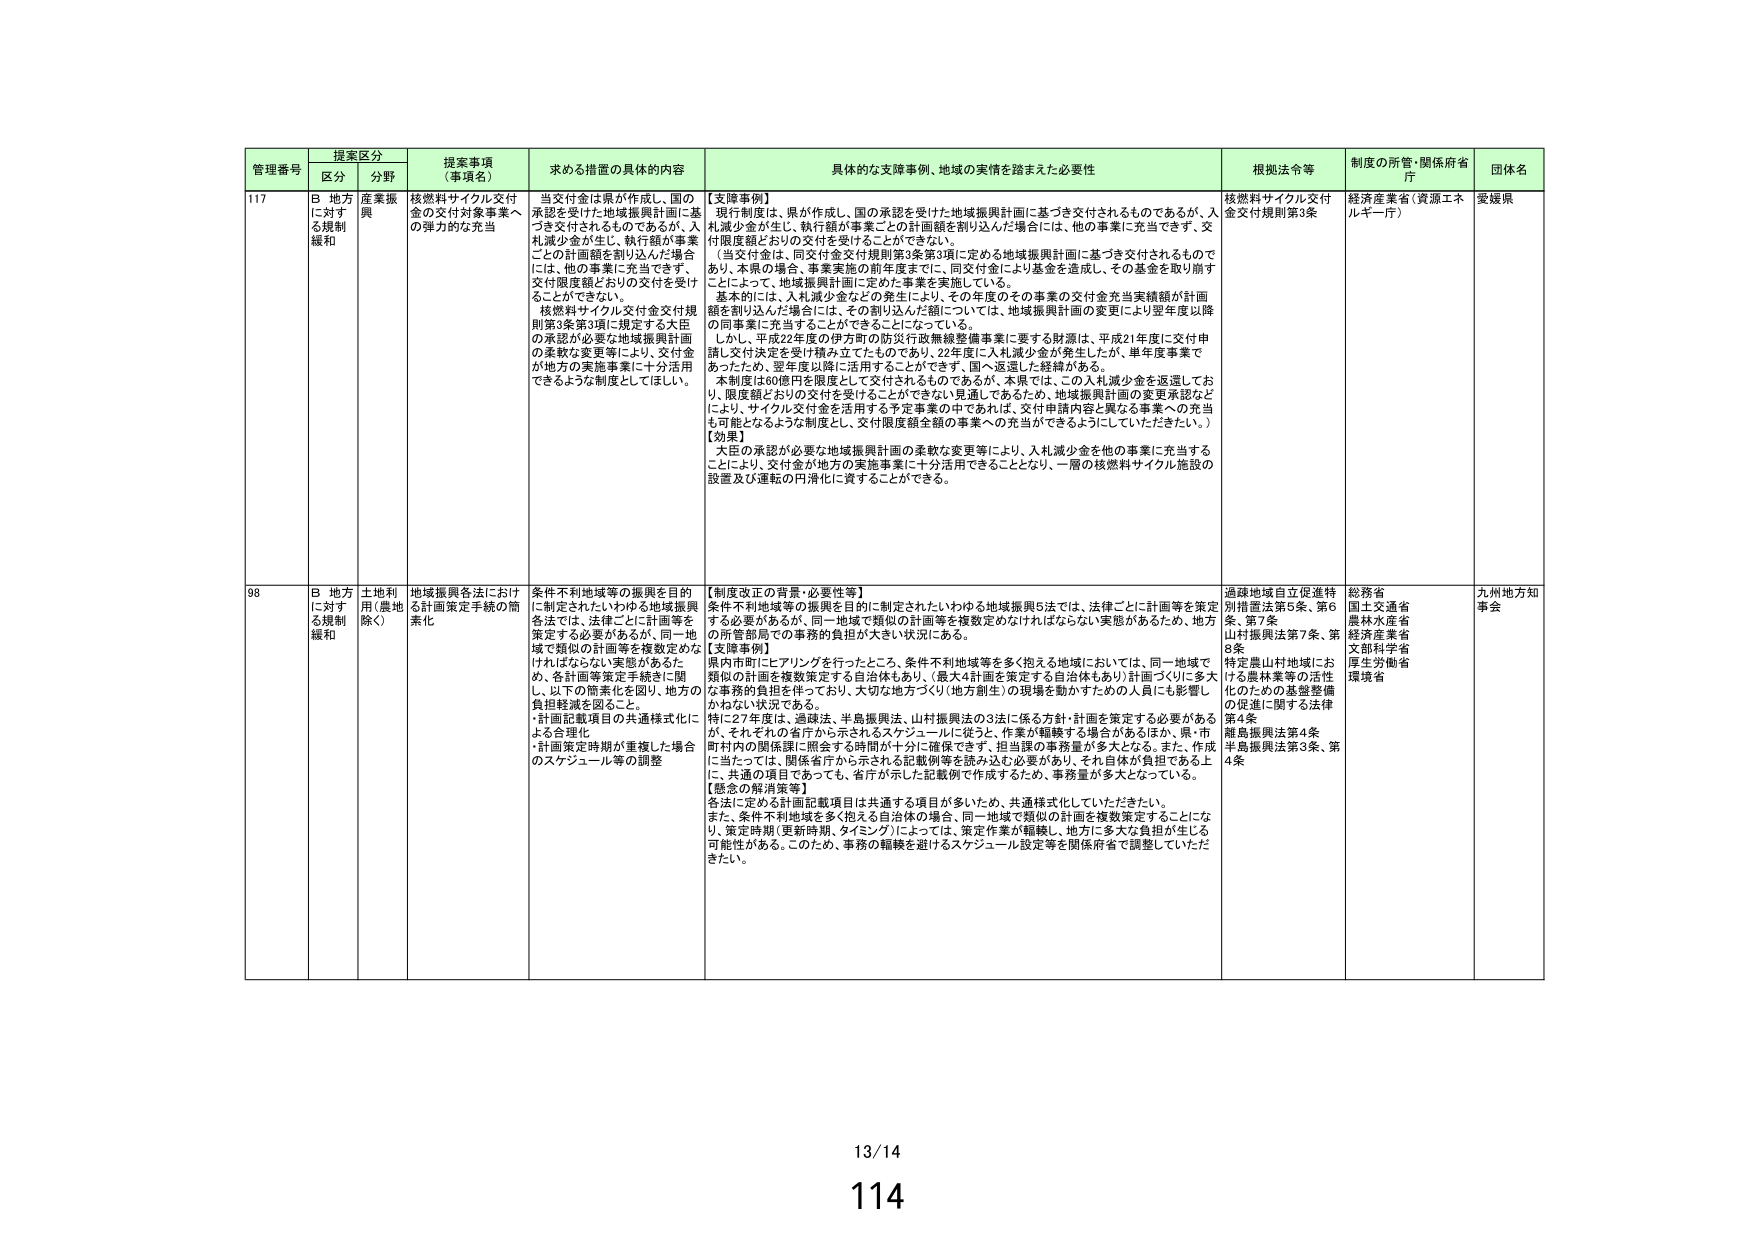
管理番号 提案区分 提案事項（事項名） 求める措置の具体的内容 具体的な支援事例、地域の実情を踏まえた必要性 根拠法令等 制度の所管・関係府省庁 団体名
区分 分野
117 B 地方に対する規制緩和 産業振興 核燃料サイクル交付金の交付対象事業への弾力的な充当 当交付金は県が作成し、国の承認を受けた地域振興計画に基づき交付されるものであるが、入札減少金が生じ、執行額が事業ごとの計画額を割り込んだ場合には、他の事業に充当できず、交付限度額どおりの交付を受けことができない。核燃料サイクル交付金交付規則第3条第3項に規定する大臣の承認が必要な地域振興計画の柔軟な変更等により、交付金が地方の実施事業に十分活用できるような制度としてほしい。 【支援事例】現行制度は、県が作成し、国の承認を受けた地域振興計画に基づき交付されるものであるが、入札減少金が生じ、執行額が事業ごとの計画額を割り込んだ場合には、他の事業に充当できず、交付限度額どおりの交付を受けることができない。当交付金は、同交付金交付規則第3条第3項に定める地域振興計画に基づき交付されるものであり、本県の場合、事業実施の前年度までに、同交付金により基金を造成し、その基金を取り崩すことによって、地域振興計画に定めた事業を実施している。基本的には、入札減少金などの発生により、その年度のその事業の交付金充当実績額が計画額を割り込んだ場合には、その割り込んだ額については、地域振興計画の変更により翌年度以降の同事業に充当することができるようになっている。しかし、平成22年度の伊方町の防災行政無線整備事業に要する財源は、平成21年度に交付申請し交付決定を受け積み立てたものであり、22年度に入札減少金が発生したが、単年度事業であったため、翌年度以降に活用することができず、国へ返還した経緯がある。本制度は60億円を限度として交付されるものであるが、本県では、この入札減少金を返還しており、限度額どおりの交付を受けることができない見通しであるため、地域振興計画の変更承認などにより、サイクル交付金を活用する予定事業の中であれば、交付申請内容と異なる事業への充当も可能となるような制度とし、交付限度額全額の事業への充当ができるようにしていただきたい。）【効果】大臣の承認が必要な地域振興計画の柔軟な変更等により、入札減少金を他の事業に充当することにより、交付金が地方の実施事業に十分活用できることとなり、一層の核燃料サイクル施設の設置及び運転の円滑化に資することができる。 核燃料サイクル交付金交付規則第3条 経済産業省（資源エネルギー庁） 愛媛県
98 B 地方に対する規制緩和 土地利用（農地除く） 地域振興各法における計画策定手続の簡素化 条件不利地域等の振興を目的に制定されたいわゆる地域振興各法では、法律ごとに計画等を策定する必要があるが、同一地域で類似の計画等を複数定めなければならない実態があるため、各計画等策定手続等に関し、以下の簡素化を図り、地方の負担軽減を図ること。・計画記載項目の共通様式化による合理化・計画策定時期が重複した場合のスケジュール等の調整 【制度改正の背景・必要性等】条件不利地域等の振興を目的に制定されたいわゆる地域振興5法では、法律ごとに計画等を策定する必要があるが、同一地域で類似の計画等を複数定めなければならない実態があるため、地方の所管部局での事務的負担が大きい状況にある。【支援事例】県内市町にヒアリングを行ったところ、条件不利地域等を多く抱える地域においては、同一地域で類似の計画を複数策定する自治体もあり、（最大4計画を策定する自治体もあり）計画づくりに多大な事務的負担を伴っており、大切な地方づくり（地方創生）の現場を動かすための人員にも影響しかねない状況である。特に27年度は、過疎法、半島振興法、山村振興法の3法に係る方針・計画を策定する必要があるが、それぞれの省庁から示されるスケジュールに従う、作業が軽減する場合があるほか、県・市町村内の関係課に照会する時間が十分に確保できず、担当課の事務量が多大となる。また、作成に当たっては、関係省庁から示される記載例等を読み込む必要があり、それ自体が負担である上に、共通の項目であっても、省庁が示した記載例で作成するため、事務量が多大となっている。【懸念の解消策等】各法に定める計画記載項目は共通する項目が多いため、共通様式化していただきたい。また、条件不利地域を多く抱える自治体の場合、同一地域で類似の計画を複数策定することになり、策定時期（更新時期、タイミング）によっては、策定作業が頓挫し、地方に多大な負担が生じる可能性がある。このため、事務の軽減を避けるスケジュール設定等を関係府省で調整していただきたい。 過疎地域自立促進特別措置法第5条、第6条、第7条山村振興法第7条、第8条特定農山村地域における農林業等の活性化のための基盤整備の促進に関する法律第4条離島振興法第4条半島振興法第3条、第4条 総務省国土交通省農林水産省経済産業省文部科学省厚生労働省環境省 九州地方知事会
13/14
114